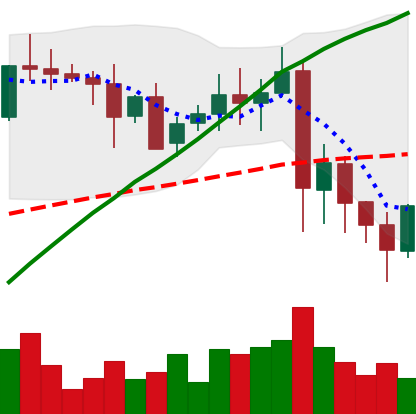
Ticker: XRP-USD
Chart end date: 2021-05-24
Forward return: -16.221%
Label: down_7plus